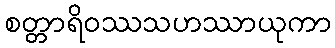
စတ္တာရိဝဿသဟဿာယုကာ